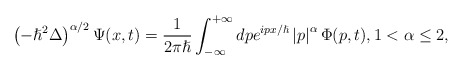
\begin{align*}\left( -\hslash^{2}\Delta\right) ^{\alpha/2}\Psi(x,t)=\frac{1}{2\pi\hslash}\int_{-\infty}^{+\infty}dpe^{ipx/\hslash}\left\vert p\right\vert^{\alpha}\Phi(p,t),1<\alpha\leq2,\end{align*}